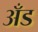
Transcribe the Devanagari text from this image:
अँड